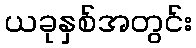
ယခုနှစ်အတွင်း